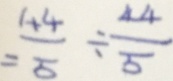
= \frac { 4 4 } { 5 } \div \frac { 4 4 } { 5 }